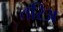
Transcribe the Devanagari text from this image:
तरिअ